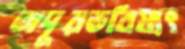
অদূরভবিষ্যৎ